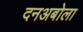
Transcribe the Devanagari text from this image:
दनअबोला